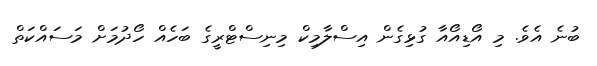
ބުނެ އެވެ. މި އޯޑިއޯއާ ގުޅިގެން އިސްލާމިކް މިނިސްޓްރީގެ ބަހެއް ހޯދުމަށް މަސައްކަތް